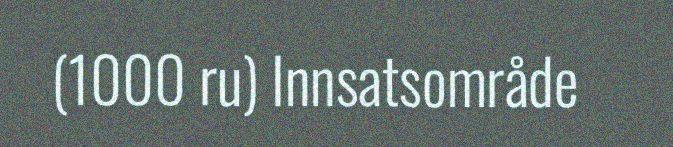
(1000 ru) Innsatsområde